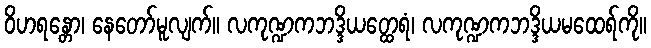
ဝိဟရန္တော၊ နေတော်မူလျက်။ လကုဏ္ဍကဘဒ္ဒိယတ္ထေရံ၊ လကုဏ္ဍကဘဒ္ဒိယမထေရ်ကို။